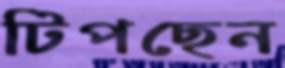
টিপছেন